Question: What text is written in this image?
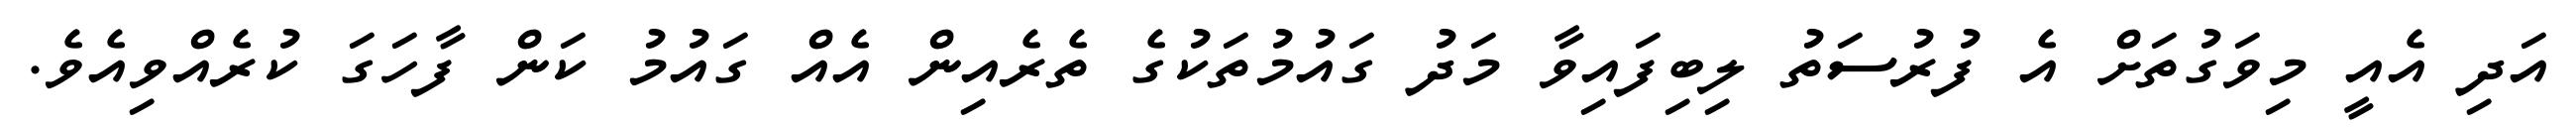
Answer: އަދި އެއީ މިވަގުތަށް އެ ފުރުސަތު ލިބިފައިވާ މަދު ގައުމުތަކުގެ ތެރެއިން އެއް ގައުމު ކަން ފާހަގަ ކުރެއްވިއެވެ.